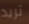
تريد